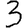
Digit: 3